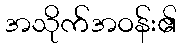
အသိုက်အဝန်း၏